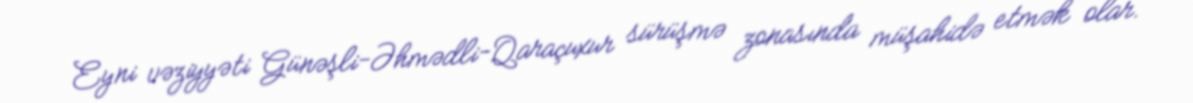
Eyni vəziyyəti Günəşli-Əhmədli-Qaraçuxur sürüşmə zonasında müşahidə etmək olar.